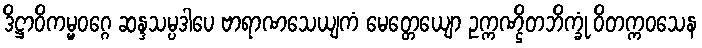
ဒိဋ္ဌာဝိကမ္မဝဂ္ဂေ ဆန္ဒသမ္ပဒါပေ ဗာရာဏသေယျကံ မေတ္တေယျော ဥက္ကဏ္ဌိတဘိက္ခုံ ဝိတက္ကဝသေန